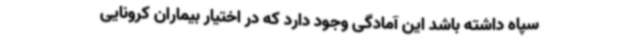
سپاه داشته باشد این آمادگی وجود دارد که در اختیار بیماران کرونایی